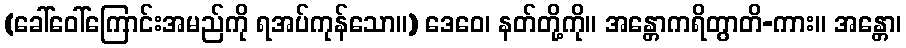
(ခေါ်ဝေါ်ကြောင်းအမည်ကို ရအပ်ကုန်သော။) ဒေဝေ၊ နတ်တို့ကို။ အန္တောကရိတွာတိ-ကား။ အန္တော၊